Bulletin of the Pasteur Institute of Southern India, Coonoor - No. 1.
Year: 1908
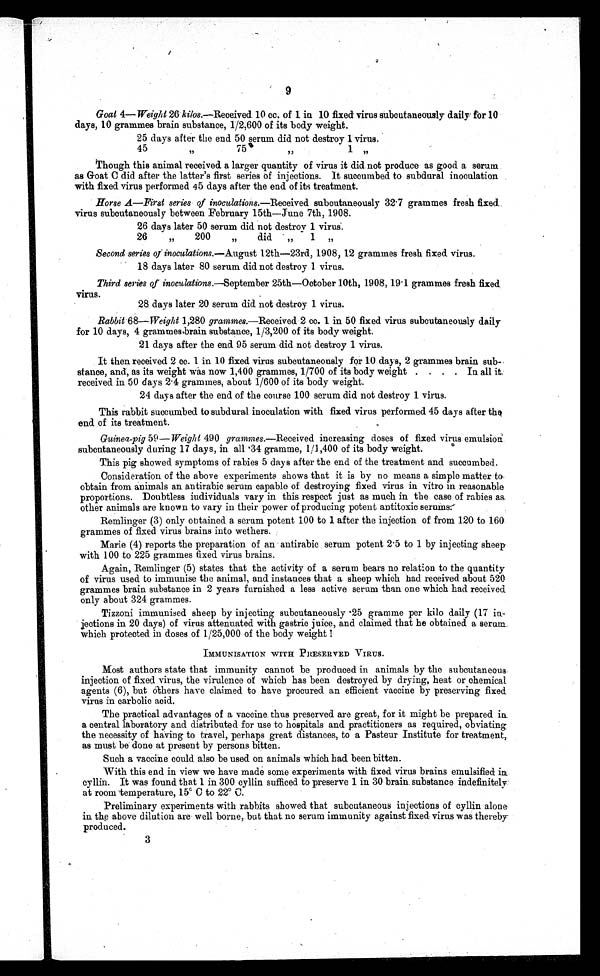
9
Goat 4—Weight 26 kilos.—Received 10 cc. of 1 in. 10 fixed virus subcutaneously daily for 10
days, 10 grammes brain substance, 1/2,600 of its body weight.
25 days after the end 50 serum did not destroy 1 virus.
45
75
1
Though this animal received a larger quantity of virus it did not produce as good a serum
as Goat C did after the latter's first series of injections. It succumbed to subdural inoculation
with fixed virus performed 45 days after the end of its treatment.
Horse A—First series of inoculations.—Received subcutaneously 32 . 7 grammes fresh fixed
virus subcutaneously between February 15th—June 7th, 1908.
26 days later 50 serum did not destro y 1 virus.
)
26
200
did
1
Second series of inoculations.—August 12th-23rd, 1908, 12 grammes fresh fixed. virus.
18 days later 80 serum did not destroy 1 virus.
Third series of inoculations.—September 25th—October 10th, 1908, 19 . 1 grammes fresh fixed
virus.
28 days later 20 serum did not destroy 1 virus.
Rabbit 68—Weight 1,280 grammes.—Received 2 cc. 1 in 50 fixed virus subcutaneously daily
for 10 days, 4 grammes substance, 1/3,200 of its body weight.
21 days after the end 95 serum did not destroy 1 virus.
It then received 2 cc. 1 in 10 fixed virus subcutaneously for 10 days, 2 grammes brain sub-
stance, and, as its weight was now 1,400 grammes, 1/700 of its body weight . . . . In all i t
received in 50 days 2 . 4 grammes, about 1/600 of its body weight.
24 days after the end of the course 100 serum did not destroy 1 virus.
This rabbit succumbed to subdural inoculation with fixed virus performed 45 days after the
end of its treatment.
Guinea-pig 59—Weight 490 grammes.—Received increasing doses of fixed virus emulsion`.
subcutaneously during 17 days, in all '34 gramme, 1/1,400 of its body weight.
This pig showed symptoms of rabies 5 days after the end of the treatment and succumbed.
Consideration of the above experiments shows that it is by no means a simple matter to
obtain from animals an antirabic serum capable of destroying fixed virus in vitro in reasonable
proportions. Doubtless individuals vary in this respect just as much in the case of rabies as,
other animals are known to vary in their power of producing potent antitoxic serums(
Remlinger (3) only obtained a serum potent 100 to 1 after the injection of from 120 to 160
grammes of fixed virus brains into wethers.
Marie (4) reports the preparation of an antirabic serum potent 2 .5 to 1 by injecting sheep
with 100 .to 225 grammes fixed virus brains.
Again, Remlinger (5) states that the activity of a serum bears no relation to the quantity
of virus used to immunise the animal, and instances that a sheep which had received about 520
grammes brain substance in 2 years furnished a less active serum than one which had received
only about 324 grammes.
Tizzoni immunised sheep by injecting subcutaneously 25 gramme per kilo daily (17 in-
j ections in 20 days) of virus attenuated with gastric juice, and claimed that he obtained a serum
which protected in doses of 1/25,000 of the body weight !
IMMUNISATION WITH PRESERVED VIRUS.
Most authors state that immunity cannot be produced in animals by the subcutaneous
injection of fixed virus, the virulence off which has been destroyed by drying, heat or chemical
agents (6), but others have claimed to have procured an efficient vaccine by preserving fixed
virus in carbolic acid.
The practical advantages of a vaccine thus preserved are great, for it might be prepared in
a central laboratory and distributed for use to hospitals and practitioners as required, obviating
the necessity of having to travel, perhaps great distances, to a Pasteur Institute for treatment,.
as must be done at present by persons bitten.
Such a vaccine could also be used on animals which had been bitten.
With this end in view we have made some experiments with fixed virus brains emulsified in.
cyllin. It was found that 1 in 300 cyllin sufficed to preserve 1 in 30 brain substance indefinitely
at room temperature, 15° C to 22° C.
Preliminary experiments with rabbits showed that subcutaneous injections of cyllin alone
in the above dilution are well borne, but that no serum immunity against fixed virus was thereby
produced.
3